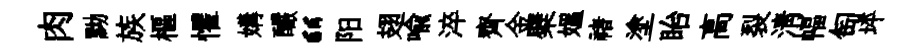
肉黝族樞懼媾釅“阳翅喻淬齊金檗媪禇塗眙高裂清幅匋坪